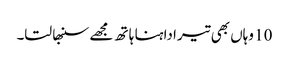
10 وہاں بھی تیرا داہنا ہا تھ مجھے سنبھا لتا۔